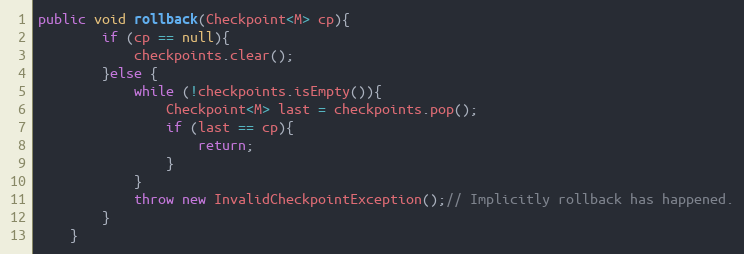
Language: Java
public void rollback(Checkpoint<M> cp){
		if (cp == null){
			checkpoints.clear();
		}else {
			while (!checkpoints.isEmpty()){
				Checkpoint<M> last = checkpoints.pop();
				if (last == cp){
					return;
				}
			}
			throw new InvalidCheckpointException();// Implicitly rollback has happened.
		}
	}